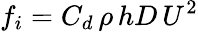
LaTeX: f_{i}=C_{d}\, \rho\, hD\, U^{2}